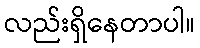
လည်းရှိနေတာပါ။